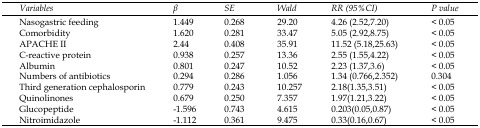
| Variables | β | SE | Wald | RR (95%CI) | P value |
 | --- | --- | --- | --- | --- | --- |
 | Nasogastric feeding | 1.449 | 0.268 | 29.20 | 4.26 (2.52,7.20) | < 0.05 |
 | Comorbidity | 1.620 | 0.281 | 33.47 | 5.05 (2.92,8.75) | < 0.05 |
 | APACHE II | 2.44 | 0.408 | 35.91 | 11.52 (5.18,25.63) | < 0.05 |
 | C-reactive protein | 0.938 | 0.257 | 13.36 | 2.55 (1.55,4.22) | < 0.05 |
 | Albumin | 0.801 | 0.247 | 10.52 | 2.23 (1.37,3.6) | < 0.05 |
 | Numbers of antibiotics | 0.294 | 0.286 | 1.056 | 1.34 (0.766,2.352) | 0.304 |
 | Third generation cephalosporin | 0.779 | 0.243 | 10.257 | 2.18(1.35,3.51) | < 0.05 |
 | Quinolinones | 0.679 | 0.250 | 7.357 | 1.97(1.21,3.22) | < 0.05 |
 | Glucopeptide | -1.596 | 0.743 | 4.615 | 0.203(0.05,0.87) | < 0.05 |
 | Nitroimidazole | -1.112 | 0.361 | 9.475 | 0.33(0.16,0.67) | < 0.05 |